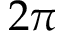
2 \pi